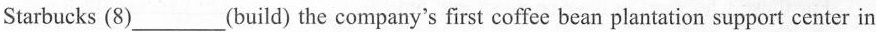
Starbucks (8)___(build) the company's first coffee bean plantation support center in